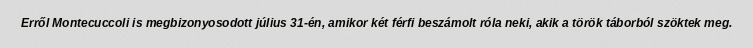
Erről Montecuccoli is megbizonyosodott július 31-én, amikor két férfi beszámolt róla neki, akik a török táborból szöktek meg.